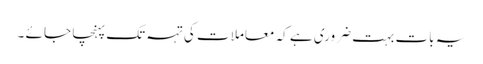
یہ بات بہت ضروری ہے کہ معاملا ت کی تہہ تک پہنچا جا ئے ۔